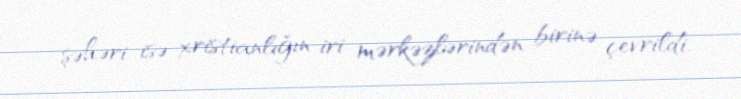
şəhəri isə xristianlığın iri mərkəzlərindən birinə çevrildi.